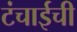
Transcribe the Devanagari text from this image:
टंचाईची